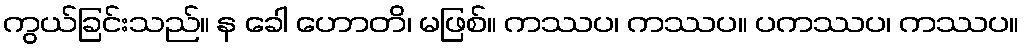
ကွယ်ခြင်းသည်။ န ခေါ ဟောတိ၊ မဖြစ်။ ကဿပ၊ ကဿပ။ ပကဿပ၊ ကဿပ။